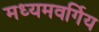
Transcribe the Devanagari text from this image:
मध्यमवर्गिय